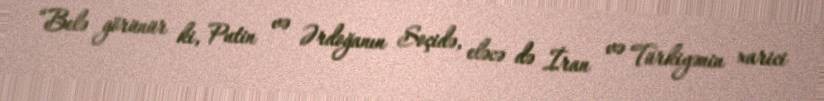
“Belə görünür ki, Putin və Ərdoğanın Soçidə, eləcə də İran və Türkiyənin xarici